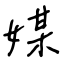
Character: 媒